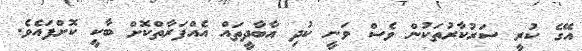
އޭގެ ކުރީ ސަރުކާރުތަކުން ވެސް ވަނީ ކުދި އާބާދީތައް އެއްފަރާތްކޮށް ބާކީ ކޮށްފައެވެ.